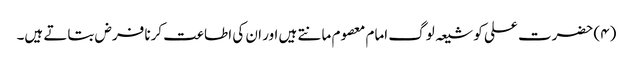
(۴) حضرت علی کو شیعہ لوگ امام معصوم مانتے ہیں اور ان کی اطاعت کرنا فرض بتاتے ہیں۔